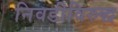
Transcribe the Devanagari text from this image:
निवडीविरुद्ध